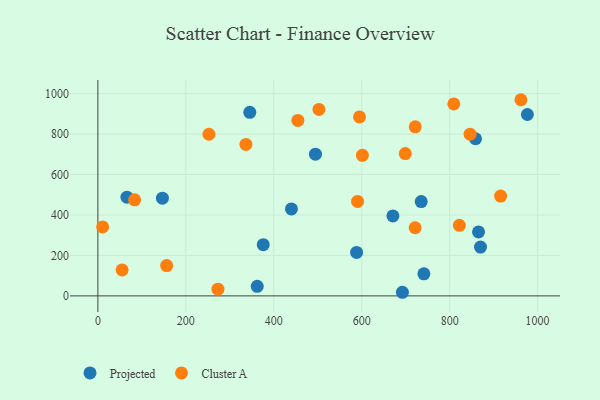
{"axis": {"x": "Distance", "y": "Rating"}, "legend": ["Cluster A", "Projected"], "data": [{"x": "741.4", "y": 108.9, "type": "Projected"}, {"x": "858.9", "y": 776.8, "type": "Projected"}, {"x": "494.8", "y": 700.8, "type": "Projected"}, {"x": "362.4", "y": 47.2, "type": "Projected"}, {"x": "66.1", "y": 488.1, "type": "Projected"}, {"x": "671.0", "y": 395.3, "type": "Projected"}, {"x": "376.1", "y": 253.2, "type": "Projected"}, {"x": "440.2", "y": 430.0, "type": "Projected"}, {"x": "345.5", "y": 907.3, "type": "Projected"}, {"x": "735.3", "y": 466.0, "type": "Projected"}, {"x": "588.4", "y": 214.8, "type": "Projected"}, {"x": "865.7", "y": 316.3, "type": "Projected"}, {"x": "976.8", "y": 896.7, "type": "Projected"}, {"x": "870.2", "y": 241.5, "type": "Projected"}, {"x": "146.8", "y": 482.8, "type": "Projected"}, {"x": "692.6", "y": 17.8, "type": "Projected"}, {"x": "721.8", "y": 836.0, "type": "Cluster A"}, {"x": "10.8", "y": 341.0, "type": "Cluster A"}, {"x": "699.1", "y": 703.5, "type": "Cluster A"}, {"x": "336.7", "y": 748.9, "type": "Cluster A"}, {"x": "809.5", "y": 949.0, "type": "Cluster A"}, {"x": "962.1", "y": 969.8, "type": "Cluster A"}, {"x": "502.8", "y": 921.6, "type": "Cluster A"}, {"x": "55.1", "y": 128.4, "type": "Cluster A"}, {"x": "721.5", "y": 336.7, "type": "Cluster A"}, {"x": "83.5", "y": 474.9, "type": "Cluster A"}, {"x": "915.9", "y": 493.2, "type": "Cluster A"}, {"x": "595.0", "y": 884.7, "type": "Cluster A"}, {"x": "454.8", "y": 867.6, "type": "Cluster A"}, {"x": "822.1", "y": 348.6, "type": "Cluster A"}, {"x": "590.6", "y": 467.1, "type": "Cluster A"}, {"x": "252.6", "y": 799.0, "type": "Cluster A"}, {"x": "846.5", "y": 799.6, "type": "Cluster A"}, {"x": "601.6", "y": 695.0, "type": "Cluster A"}, {"x": "273.1", "y": 33.2, "type": "Cluster A"}, {"x": "156.4", "y": 150.0, "type": "Cluster A"}]}